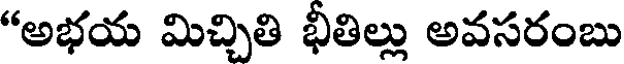
"అభయ మిచ్చితి భీతిల్లు అవసరంబు